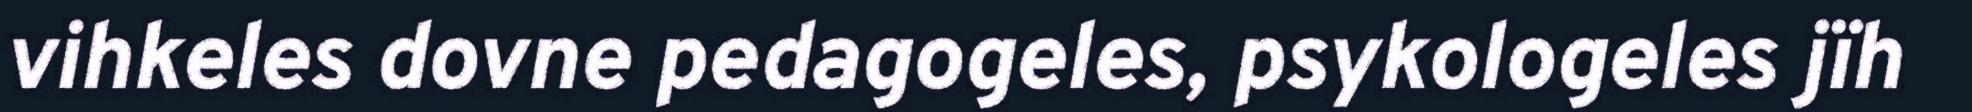
vihkeles dovne pedagogeles, psykologeles jïh